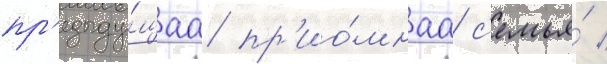
пр'едыду́щаа пр'ио́мнаа с'емья́ /